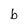
Character: b